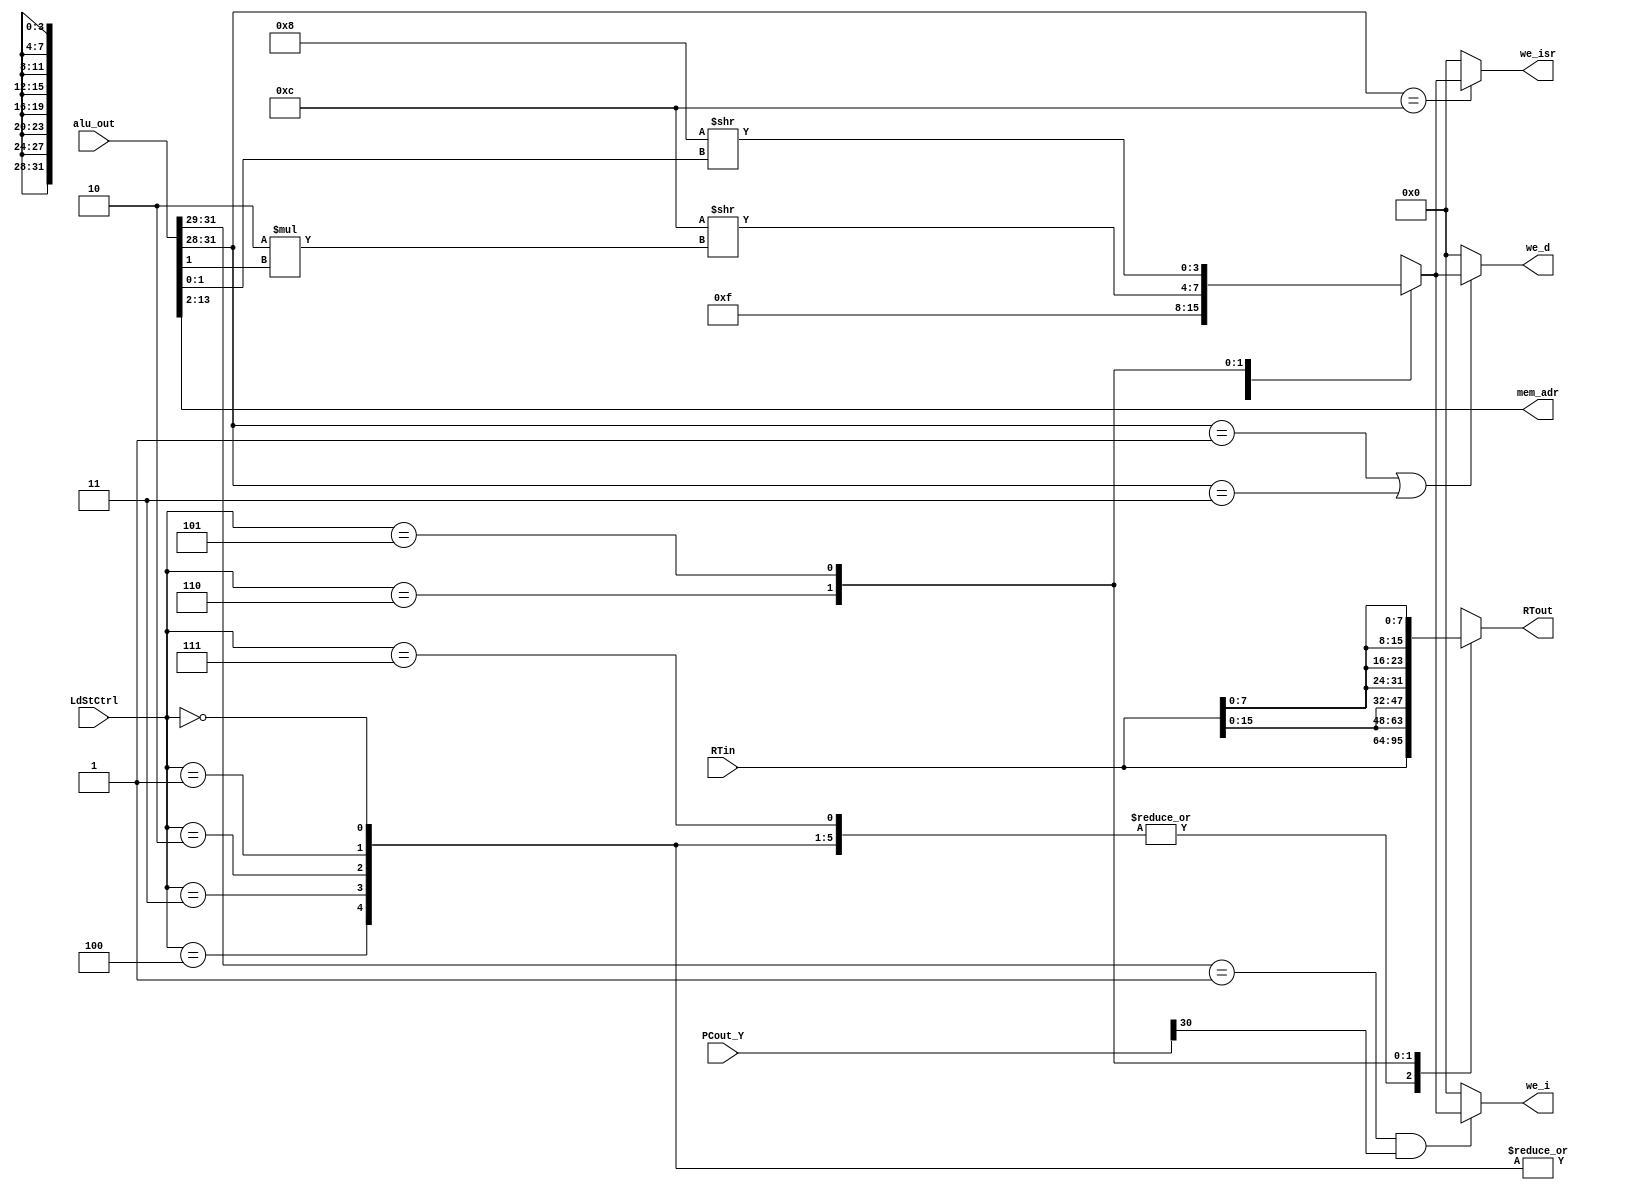
//Module LoadStoreLogic
//Desc: Load/Store Logic for dealing with byte selection
//Inputs Interface:
//	word: word from ALU/regfile[31:0]
//	LdStCtrl: Control for different loads/stores[2:0]
//Outputs
//	res: correct byte(s) chosen [31:0]
//
//For reference:
//	LdStCtrl: 3'b000-LB, default, 001-LH, 010-LW, 011-LBU 100-LHU, 101-SB, 110-SH, 111-SW

//for generating address for dmem and imem, we mask bits, and data shift to
//align the bytes
module AddressForMem (
	input[31:0] RTin,
	input[31:0] alu_out,
	input[2:0] LdStCtrl, //tells us what kind of load/store it is
	input[31:0] PCout_Y,
	output[11:0] mem_adr, //adress
	output reg [3:0] we_i,we_d, we_isr, 
	output reg [31:0] RTout
);

	reg [3:0] we;	
	assign mem_adr = alu_out[13:2];
	
	//align byte/hw/w for mem write, set wire enable bits
	always@(*) begin
		case(LdStCtrl)
			3'b000,3'b001,3'b010,3'b011,3'b100: //LB,LH,LW,LBU,LHU
				begin
					RTout = RTin;
					we = 4'b0000;
				end
			3'b111://SW
				begin
					we = 4'b1111;
					RTout = RTin;
				end
			3'b110://SH
				begin
					we = 4'b1100 >> 2*alu_out[1];
					RTout = {2{RTin[15:0]}};
					//RTout = RTin << 16 - 16*alu_out[1];
				end
			3'b101://SB
				begin
					we = 4'b1000 >> alu_out[1:0];
					RTout = {4{RTin[7:0]}}; 
					//RTout = RTin << 24 - 8*alu_out[1:0];
				end
		endcase	
	end
	//for imem/dmem writing
	always@(*) begin
		//icache
		if (alu_out[31:29] == 3'b001 & PCout_Y[30])
			we_i = we;
		else 
			we_i = 4'b0000;
		//dcache
		if (alu_out[31:28] == 4'b0001 | alu_out[31:28] == 4'b0011 )
			we_d = we;
		else 
			we_d = 4'b0000;
		//isr
		if (alu_out[31:28] == 4'b1100)
			we_isr = we;
		else 
			we_isr = 4'b0000;
	end
endmodule

module LoadLogic (
	input [31:0] word,
	input [2:0] LdStCtrl,
	input [1:0] byte_sel,
	output reg [31:0] word_out	
);

reg [31:0] temp;
//only for loads, store behaviour does not matter
always@(*) begin	
	case(LdStCtrl) 
		3'b000: //LB
			begin
				temp = word >> (24-8*byte_sel);
				word_out = {{24{temp[7]}}, temp[7:0]};
			end
		3'b001: //LH
			begin
				temp = word >> (16-16*byte_sel[1]);
				word_out = {{16{temp[15]}}, temp[15:0]};
			end
		3'b010: //LW
			word_out = word;
		3'b011: //LBU
			begin
				temp = word >> (24-8*byte_sel);
				word_out = {24'b0, temp[7:0]};
			end
		3'b100: //LHU
			begin
				temp = word >> (16-16*byte_sel[1]);
				word_out = {16'b0, temp[15:0]};
			end
		default:
			word_out = word;
	endcase	
end

endmodule